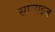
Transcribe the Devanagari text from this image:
सप्लाइज़